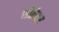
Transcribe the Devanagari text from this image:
सीतेवर